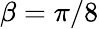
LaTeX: \beta=\pi/8